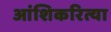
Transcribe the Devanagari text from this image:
आंशिकरित्या